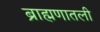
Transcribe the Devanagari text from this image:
ब्राह्मणातली